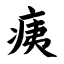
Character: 痍